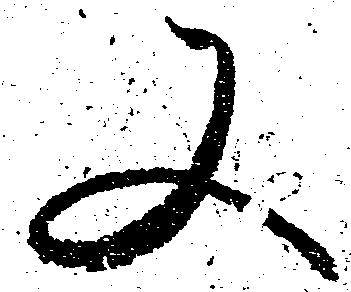
又